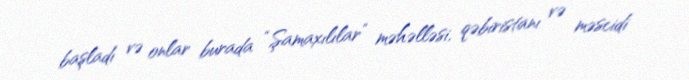
başladı və onlar burada “Şamaxılılar” məhəlləsi, qəbiristanı və məscidi